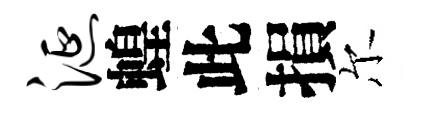
涎蝗此損尔